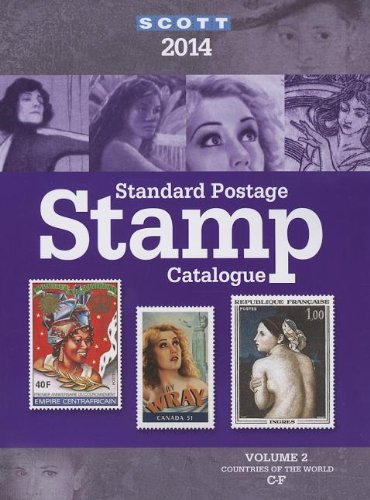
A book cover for Scott Standard Postage Stamp Catalogue 2014: Countries of the World C-F (Scott Standard Postage Stamp Catalogue Vol 2 Countries C-F); Charles Snee; Crafts, Hobbies & Home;